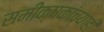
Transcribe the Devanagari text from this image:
समीक्षकांच्याही